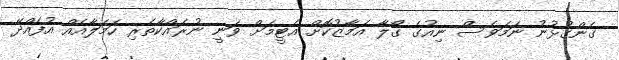
ގެންގުޅުނު ނަމަވެސް ނިއުގެ ގޯލާ އަމާޒުކޮށް އެޓީމަށް ވަނީ ނުރައްކާތެރި ހަމަލާއެއް އުފެއްދޭ